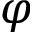
\varphi